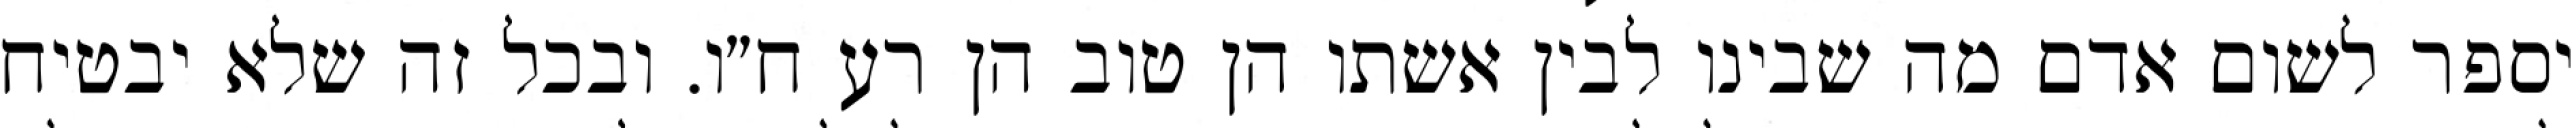
יספר לשום אדם מה שבינו לבין אשתו הן טוב הן רע ח״ו. ובכל זה שלא יבטיח